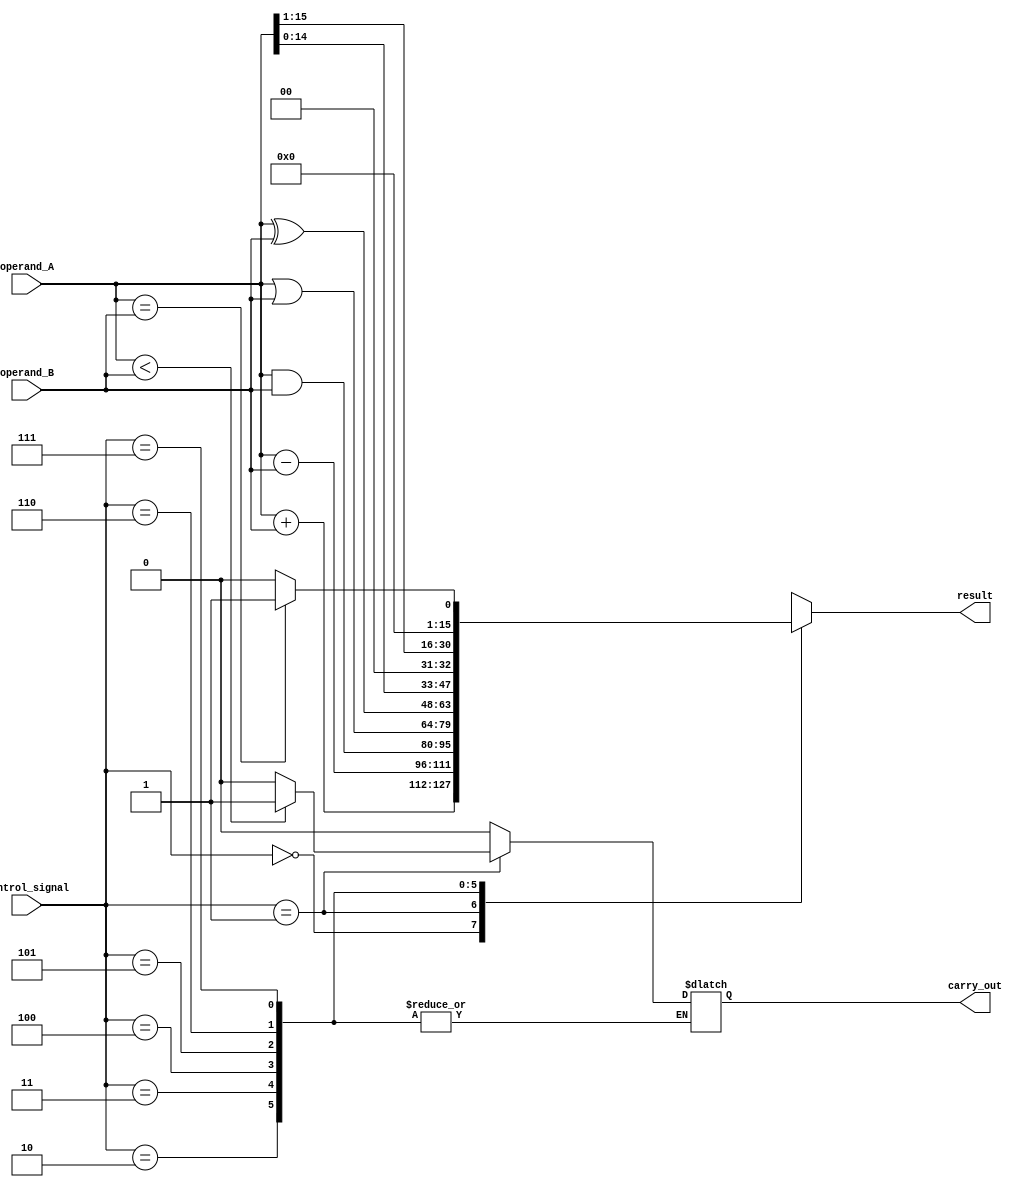
module ALU (
  input [15:0] operand_A,
  input [15:0] operand_B,
  input [2:0] control_signal,
  output [15:0] result,
  output carry_out
);

// Define control signal values
parameter ADD = 3'b000;
parameter SUB = 3'b001;
parameter AND = 3'b010;
parameter OR = 3'b011;
parameter XOR = 3'b100;
parameter SHIFT_LEFT = 3'b101;
parameter SHIFT_RIGHT = 3'b110;
parameter COMPARE = 3'b111;

// Declare internal signals
reg [15:0] result_internal;
reg carry_out_internal;

// Perform ALU operation based on control signal
always @(*) begin
  case(control_signal)
    ADD: begin
      result_internal = operand_A + operand_B;
      carry_out_internal = (result_internal[16] == 1) ? 1'b1 : 1'b0;
    end
    SUB: begin
      result_internal = operand_A - operand_B;
      carry_out_internal = (operand_A < operand_B) ? 1'b1 : 1'b0;
    end
    AND: result_internal = operand_A & operand_B;
    OR: result_internal = operand_A | operand_B;
    XOR: result_internal = operand_A ^ operand_B;
    SHIFT_LEFT: result_internal = operand_A << 1;
    SHIFT_RIGHT: result_internal = operand_A >> 1;
    COMPARE: begin
      if(operand_A == operand_B) begin
        result_internal = 16'b1;
      end else begin
        result_internal = 16'b0;
      end
    end
    default: begin
      result_internal = 16'b0;
      carry_out_internal = 1'b0;
    end
  endcase
end

// Assign outputs
assign result = result_internal;
assign carry_out = carry_out_internal;

endmodule